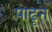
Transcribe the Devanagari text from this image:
पाढून